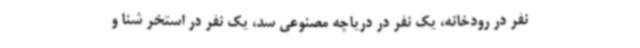
نفر در رودخانه، یک نفر در دریاچه مصنوعی سد، یک نفر در استخر شنا و